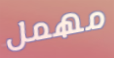
مهمل